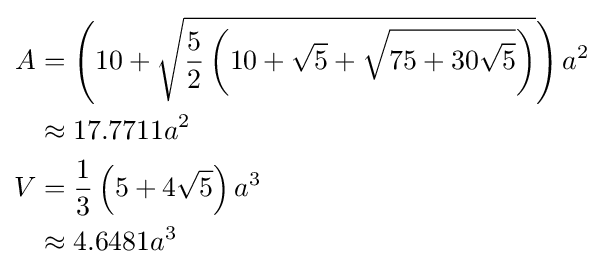
{\begin{aligned}A&=\left(10+{\sqrt {{\frac {5}{2}}\left(10+{\sqrt {5}}+{\sqrt {75+30{\sqrt {5}}}}\right)}}\right)a^{2}\\&\approx 17.7711a^{2}\\V&={\frac {1}{3}}\left(5+4{\sqrt {5}}\right)a^{3}\\&\approx 4.6481a^{3}\end{aligned}}